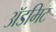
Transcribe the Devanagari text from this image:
ॲडमिट